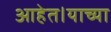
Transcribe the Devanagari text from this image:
आहेत।याच्या